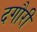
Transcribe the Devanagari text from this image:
दगौरी